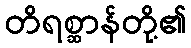
တိရစ္ဆာန်တို့၏